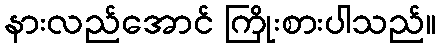
နားလည်အောင် ကြိုးစားပါသည်။